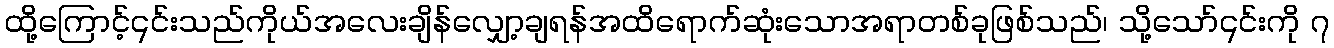
ထို့ကြောင့်၎င်းသည်ကိုယ်အလေးချိန်လျှော့ချရန်အထိရောက်ဆုံးသောအရာတစ်ခုဖြစ်သည်၊ သို့သော်၎င်းကို ၇